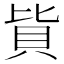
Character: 𰶳